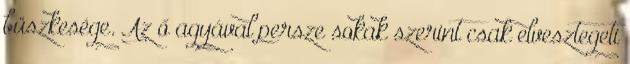
büszkesége. Az ő agyával persze sokak szerint csak elvesztegeti